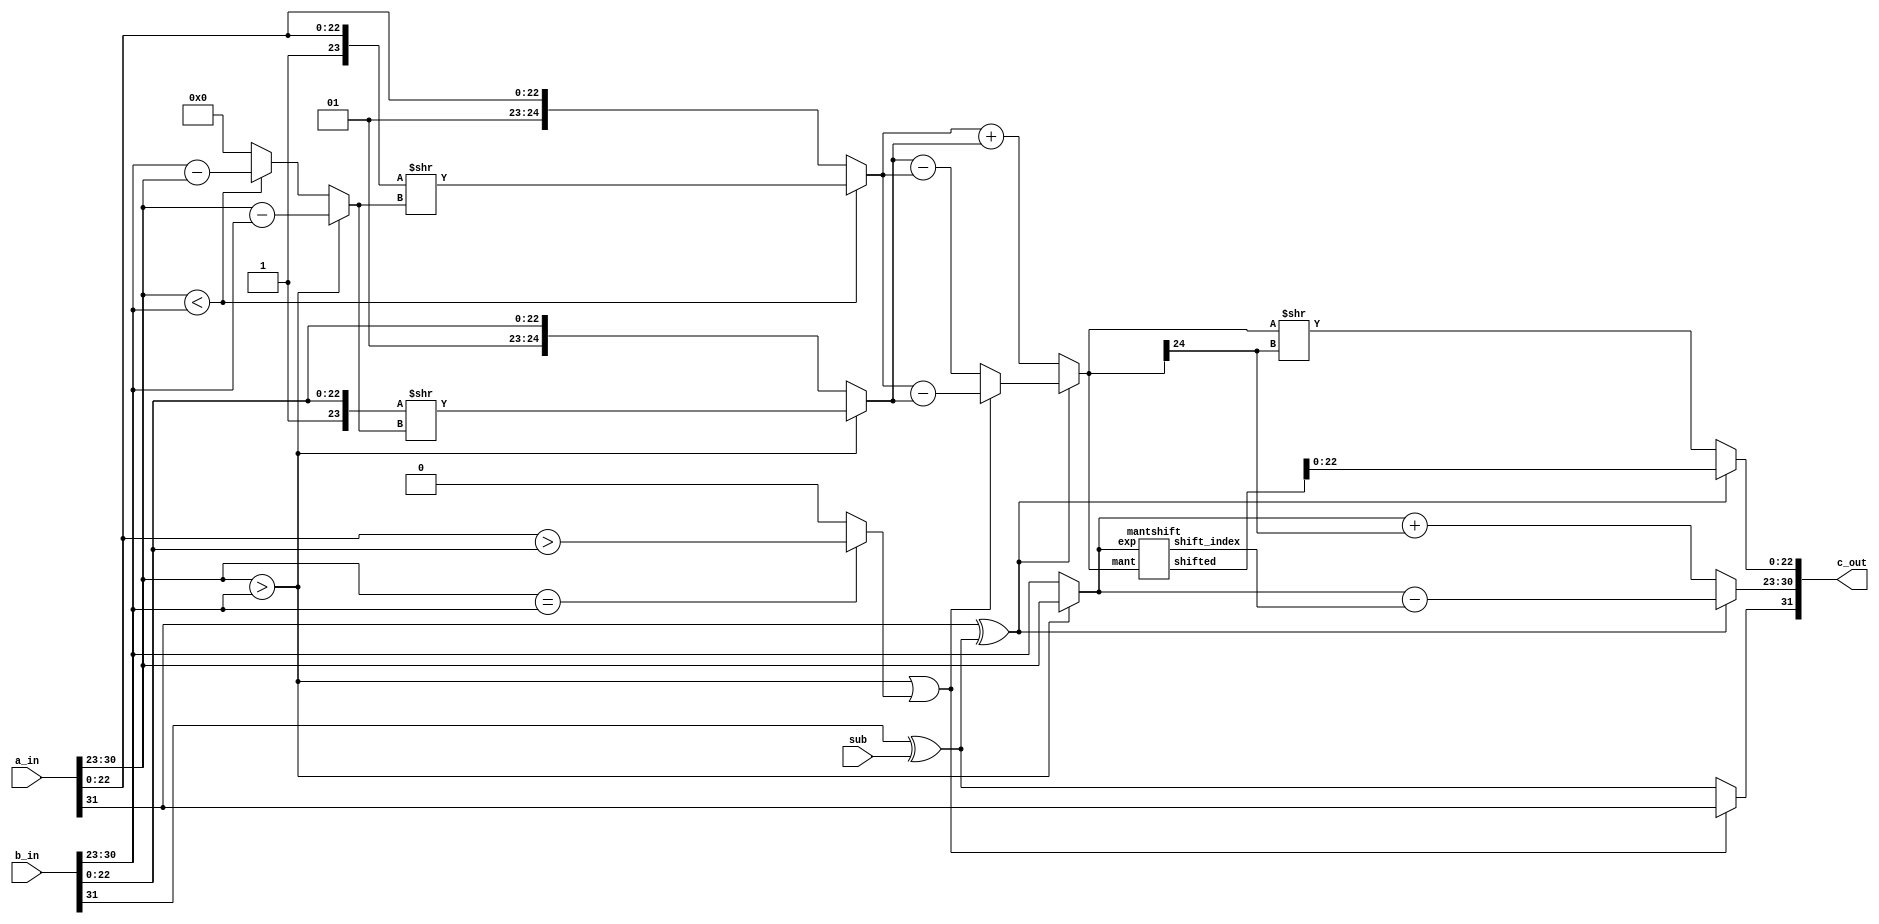
`timescale 1ns / 1ps
//////////////////////////////////////////////////////////////////////////////////
// Company: 
// Engineer: 
// 
// Design Name: 
// Module Name: 32bfpmul
// Project Name: 
// Target Devices: 
// Tool Versions: 
// Description: 
// 
// Dependencies: 
// 
// Revision:
// Revision 0.01 - File Created
// Additional Comments:
// 
//////////////////////////////////////////////////////////////////////////////////


module fpaddsub_32b(a_in, b_in, sub, c_out );
parameter m = 8, n = 23;
input [m+n:0] a_in, b_in;
input sub;
output [m+n:0] c_out;

wire sign, sub_b, a_is_big, b_is_big, both_equal, mant_abig;
wire [m-1:0] exp, exp_c, exp_d, shift_index;
wire [n+1:0] mant, mant_d, a_shifted, b_shifted, shifted;

assign a_is_big = a_in[m+n-1:n] > b_in[m+n-1:n];
assign b_is_big = a_in[m+n-1:n] < b_in[m+n-1:n];
assign both_equal = a_in[m+n-1:n] == b_in[m+n-1:n];
assign mant_abig = both_equal ? 
                a_in[n-1:0] > b_in[n-1:0] : 'b0;

assign exp_c = a_is_big ? a_in[m+n-1:n] - b_in[m+n-1:n] : 
                b_is_big ? b_in[m+n-1:n] - a_in[m+n-1:n] : 'b0;

assign a_shifted = b_is_big ? {1'b1,a_in[n-1:0]}>>(exp_c) :
                     {1'b1,a_in[n-1:0]};
assign b_shifted = a_is_big ? {1'b1,b_in[n-1:0]}>>(exp_c) :
                     {1'b1,b_in[n-1:0]};

assign sub_b = a_in[m+n] ^ (b_in[m+n] ^ sub);
assign mant_d = sub_b ? (a_is_big || mant_abig) ?
                a_shifted - b_shifted :
                b_shifted - a_shifted :
                a_shifted + b_shifted;
//assign mant_e = mant_abig ? {1'b1,a_in[n-1:0]} - {1'b1,b_in[n-1:0]} :
//                                {1'b1,b_in[n-1:0]} - {1'b1,a_in[n-1:0]} ;
                
assign sign = (a_is_big || mant_abig) ? a_in[m+n] : (b_in[m+n] ^ sub);
assign exp_d = a_is_big ? a_in[m+n-1:n] : b_in[m+n-1:n];

//corner case logic- not needed for normal operation
//mantshift mant_shifter(a_in[m+n-1:n], mant_e, shifted, shift_index );
mantshift mant_shifter(exp_d, mant_d, shifted, shift_index );
//--------------------------------------------------

assign mant = /*both_equal&&*/sub_b ? shifted : mant_d>>mant_d[n+1];
assign exp = /*both_equal&&*/sub_b ? exp_d - shift_index : exp_d + mant_d[n+1];

assign c_out = {sign,exp,mant[n-1:0]};

endmodule

module mantshift(exp, mant, shifted, shift_index );
parameter m = 8, n = 23;
    input [m-1:0] exp;
    input [n+1:0] mant;
    output reg [m-1:0] shift_index;
    output reg [n+1:0] shifted;
    reg [n+1:0] target;
    reg [$clog2(n)-1:0] cnt;
    always@(mant, exp) begin target = mant;
    shift_index = exp;
    for(cnt = 0; cnt < n+1; cnt = cnt + 1)begin
        if (target[cnt]) shift_index = n - cnt;
    end
    shifted = mant << shift_index;
    end
endmodule


module fpmul_32b(a_in, b_in, c_out );
parameter m = 8, n = 23;
input [m+n:0] a_in, b_in;
output [m+n:0] c_out;

wire sign, is_zero;
wire [m-1:0] exp, exp_c, exp_d;
wire [2*n+1:0] mant;
wire [2*n+1:0] mul;

assign sign = a_in[m+n] ^ b_in[m+n];
assign exp_c = a_in[m+n-1:n] + b_in[m+n-1:n] - {(m-1){1'b1}};
assign mul = {1'b1,a_in[n-1:0]} * {1'b1,b_in[n-1:0]};
assign is_zero = (a_in[m+n-1:0] == 'b0) || (b_in[m+n-1:0] == 'b0);

assign exp = exp_c + mul[2*n+1];
assign mant = mul>>(mul[2*n+1]);

assign c_out = is_zero ? 'b0 : {sign,exp,mant[2*n-1:n]};

endmodule